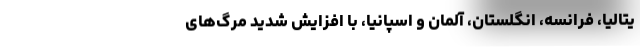
یتالیا، فرانسه، انگلستان، آلمان و اسپانیا، با افزایش شدید مرگ‌های